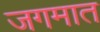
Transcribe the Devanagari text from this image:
जगमात